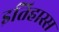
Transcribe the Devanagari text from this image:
इतिहास्स